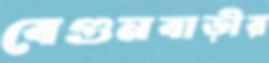
বেগুনবাড়ীর